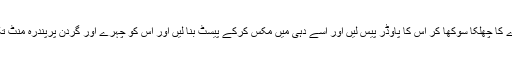
ایک اور طریقہ یہ ہے کہ سنگترے کا چھلکا سوکھا کر اس کا پاوڈر پیس لیں اور اسے دہی میں مکس کرکے پیسٹ بنا لیں اور اس کو چہرے اور گردن پرپندرہ منٹ تک لگا رہنے دیں اور پھر دھو لیں۔